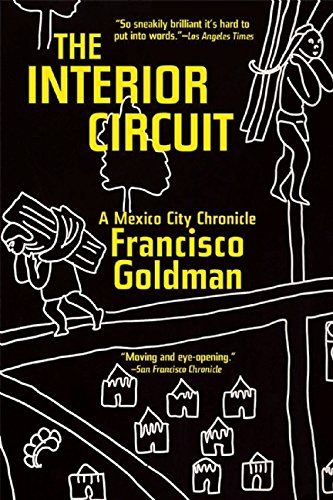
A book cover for The Interior Circuit: A Mexico City Chronicle; Francisco Goldman; Biographies & Memoirs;